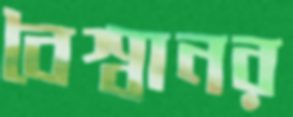
বৈশ্বানর